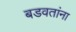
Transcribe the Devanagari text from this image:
बडवतांना